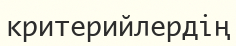
критерийлердің